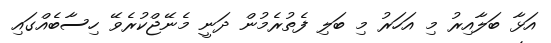
އަޅާ ބަލާއިރު މި އަހަރު މި ބަލި ފެތުރެމުން ދަނީ މެނޭޖްކުރެވޭ ހިސާބެއްގައި